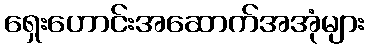
ရှေးဟောင်းအဆောက်အအုံများ